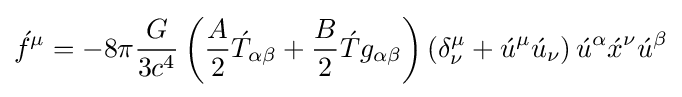
{\acute {f}}^{\mu }=-8\pi {G \over {3c^{4}}}\left({A \over 2}{\acute {T}}_{\alpha \beta }+{B \over 2}{\acute {T}}g_{\alpha \beta }\right)\left(\delta _{\nu }^{\mu }+{\acute {u}}^{\mu }{\acute {u}}_{\nu }\right){\acute {u}}^{\alpha }{\acute {x}}^{\nu }{\acute {u}}^{\beta }